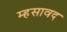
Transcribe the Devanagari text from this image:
म्हसावद